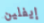
إيفلين